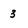
Character: 3